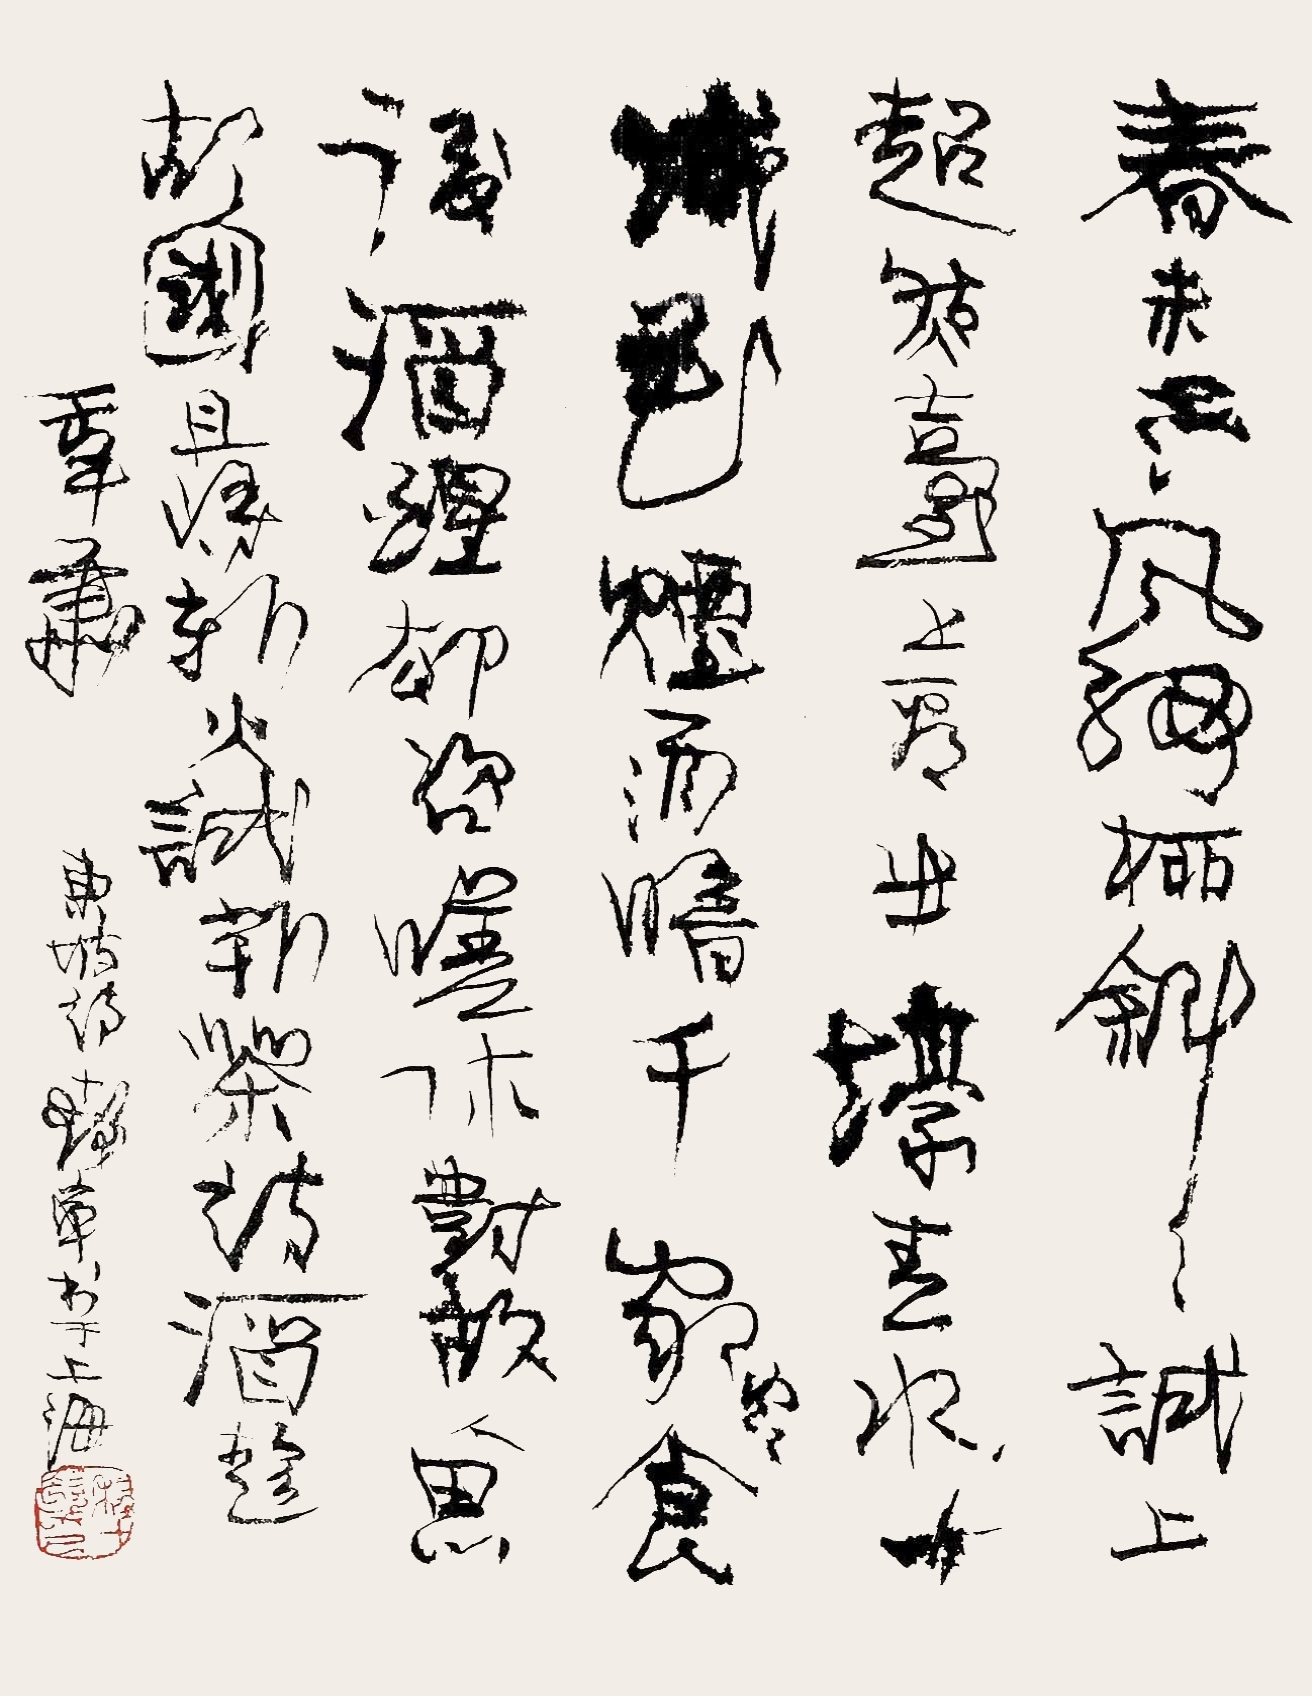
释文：春未老，风细柳斜斜。试上超然台上望，半壕春水一城花。烟雨暗千家。寒食后，酒醒却咨嗟。休对故人思故国，且将新火试新茶。诗酒趁年华。《东坡诗》十发率书于上海。